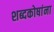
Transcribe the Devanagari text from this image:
शब्दकोषांना